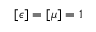
[ \epsilon ] = [ \mu ] = 1